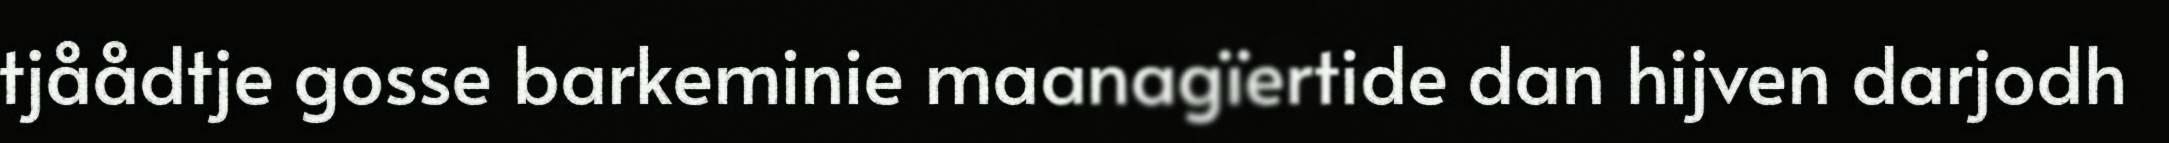
tjåådtje gosse barkeminie maanagïertide dan hijven darjodh